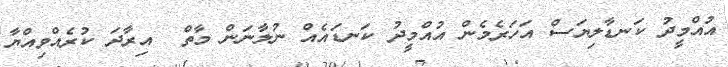
އުއްމީދު ކަނޑާލިޔަސް އަހަރެމެން އުއްމީދު ކަނޑައެއް ނުލާނަން މާތް  އިރާދަ ކުރެއްވިއްޔާ